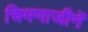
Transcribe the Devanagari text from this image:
चिमणाजीनें